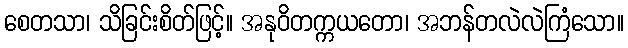
စေတသာ၊ သိခြင်းစိတ်ဖြင့်။ အနုဝိတက္ကယတော၊ အဘန်တလဲလဲကြံသော။